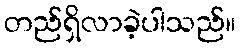
တည်ရှိလာခဲ့ပါသည်။